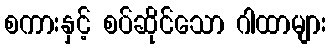
စကားနှင့် စပ်ဆိုင်သော ဂါထာများ